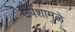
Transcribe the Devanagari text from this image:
उपशामुळे